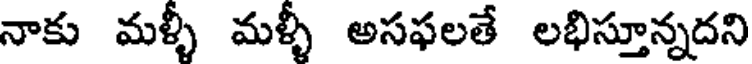
నాకు మళ్ళీ మళ్ళీ అసఫలతే లభిస్తూన్నదని